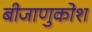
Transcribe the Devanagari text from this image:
बीजाणुकोश